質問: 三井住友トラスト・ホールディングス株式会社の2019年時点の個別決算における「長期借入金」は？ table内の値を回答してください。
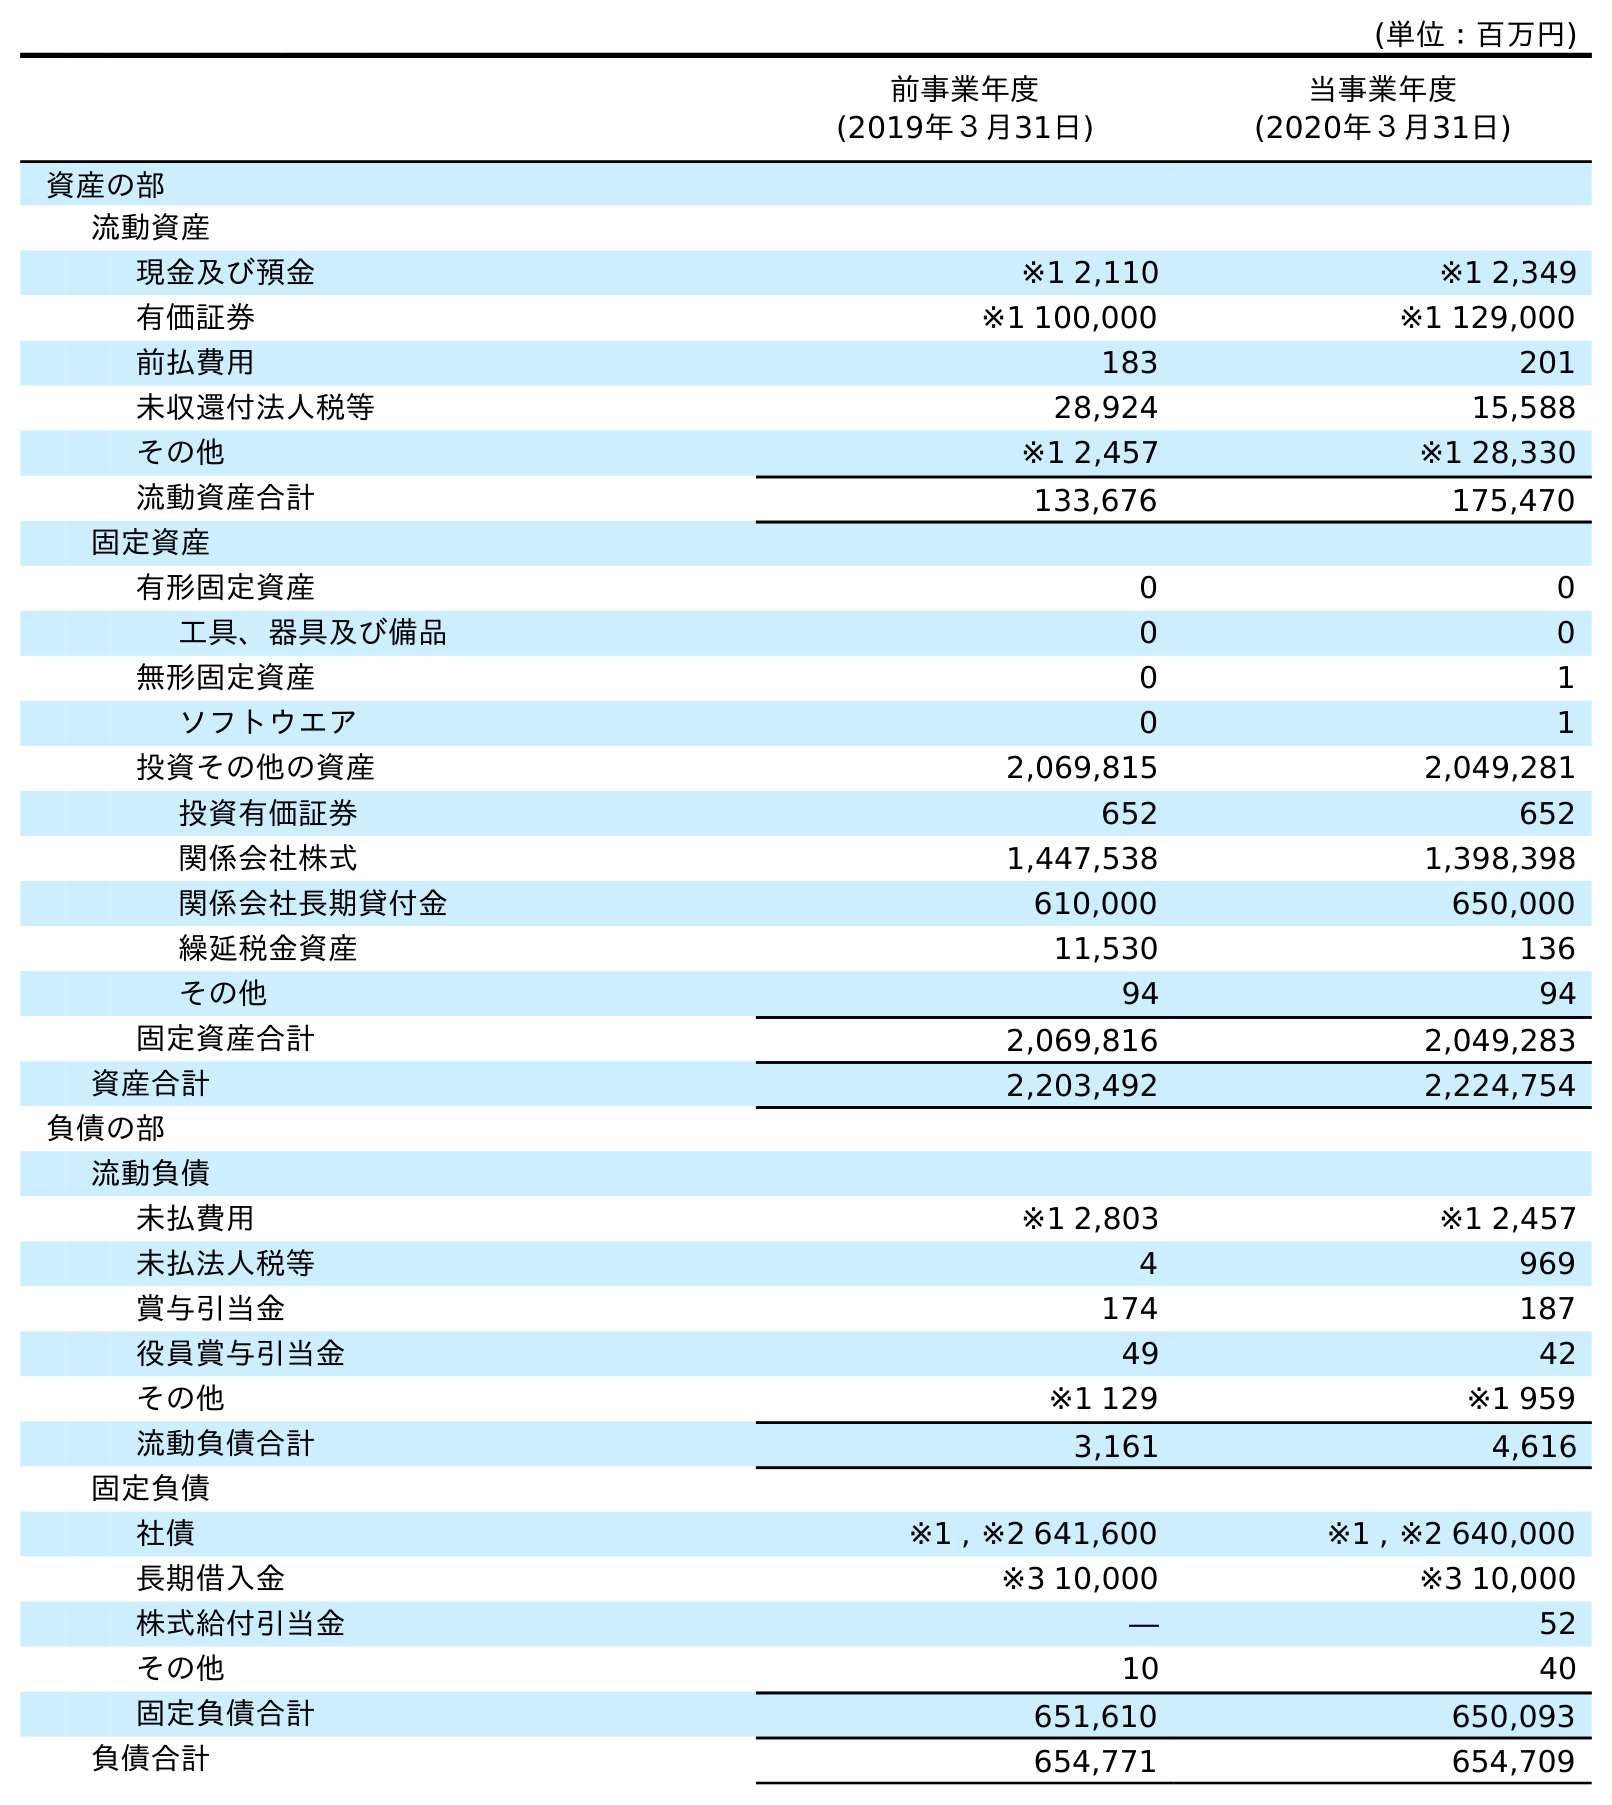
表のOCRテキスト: (単位：百万円) 前事業年度 (2019年３月31日) 当事業年度 (2020年３月31日) 資産の部 流動資産 現金及び預金 ※1 2,110 ※1 2,349 有価証券 ※1 100,000 ※1 129,000 前払費用 183 201 未収還付法人税等 28,924 15,588 その他 ※1 2,457 ※1 28,330 流動資産合計 133,676 175,470 固定資産 有形固定資産 0 0 工具、器具及び備品 0 0 無形固定資産 0 1 ソフトウエア 0 1 投資その他の資産 2,069,815 2,049,281 投資有価証券 652 652 関係会社株式 1,447,538 1,398,398 関係会社長期貸付金 610,000 650,000 繰延税金資産 11,530 136 その他 94 94 固定資産合計 2,069,816 2,049,283 資産合計 2,203,492 2,224,754 負債の部 流動負債 未払費用 ※1 2,803 ※1 2,457 未払法人税等 4 969 賞与引当金 174 187 役員賞与引当金 49 42 その他 ※1 129 ※1 959 流動負債合計 3,161 4,616 固定負債 社債 ※1 , ※2 641,600 ※1 , ※2 640,000 長期借入金 ※3 10,000 ※3 10,000 株式給付引当金 ― 52 その他 10 40 固定負債合計 651,610 650,093 負債合計 654,771 654,709
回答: ※310,000